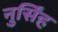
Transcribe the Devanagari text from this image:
नुर्सिंह